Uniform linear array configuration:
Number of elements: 32
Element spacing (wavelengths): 0.75
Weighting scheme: uniform
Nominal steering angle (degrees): -45
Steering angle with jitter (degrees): -45.18
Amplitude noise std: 0.05
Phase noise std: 0.05

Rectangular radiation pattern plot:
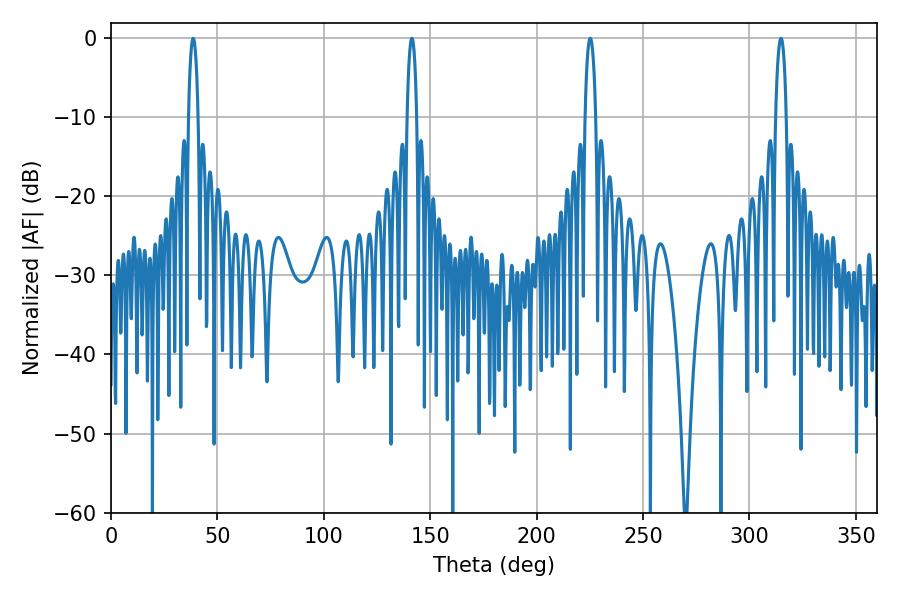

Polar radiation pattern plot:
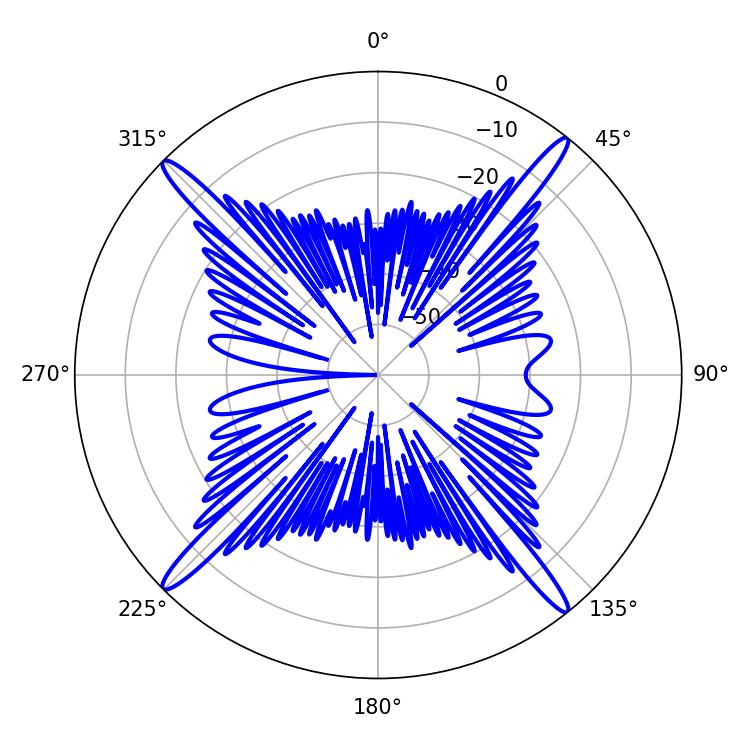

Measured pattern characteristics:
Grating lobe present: TRUE
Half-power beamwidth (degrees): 2.88
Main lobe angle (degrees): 225.18